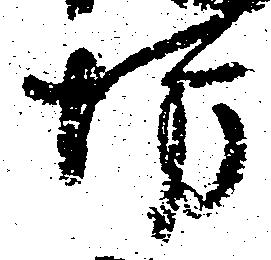
坊